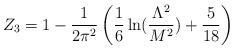
LaTeX: \begin{align*}Z_{3}=1-\frac{1}{2 \pi^{2}}\left(\frac{1}{6}\ln(\frac{\Lambda^{2}}{M^{2}})+\frac{5}{18}\right)\end{align*}